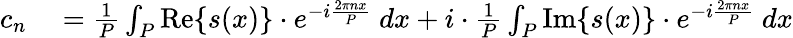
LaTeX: \begin{array}{rl}{c_{n}}&{{}={\frac{1}{P}}\int_{P}\operatorname{Re}\{ s(x)\} \cdot e^{-i{\frac{2\pi nx}{P}}}\ dx+i\cdot{\frac{1}{P}}\int_{P}\operatorname{Im}\{ s(x)\} \cdot e^{-i{\frac{2\pi nx}{P}}}\ dx}\end{array}